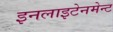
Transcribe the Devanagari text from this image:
इनलाइटेनमेन्ट